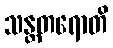
သန္တတရောတိ